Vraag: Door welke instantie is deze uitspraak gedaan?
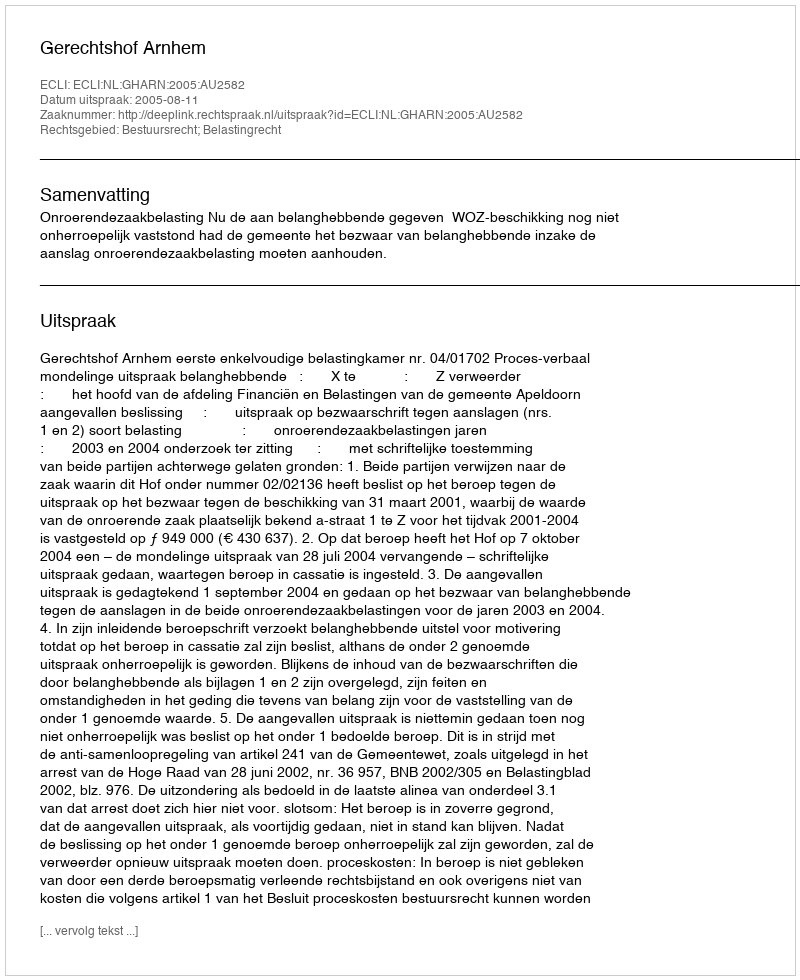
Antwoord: Gerechtshof Arnhem